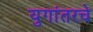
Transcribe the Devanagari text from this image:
युगांतरचे